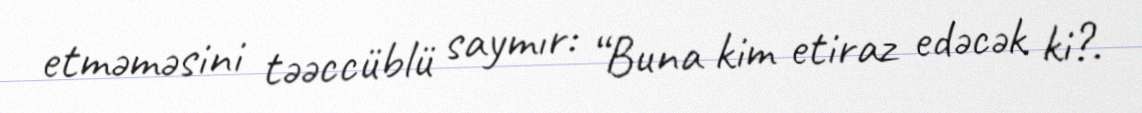
etməməsini təəccüblü saymır: “Buna kim etiraz edəcək ki?.